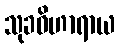
သုခဝိဟာရာယ